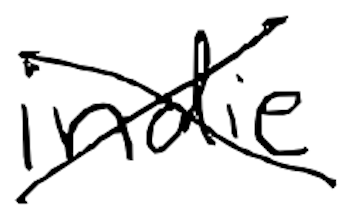
Text: indie
Cross-out: cross
Writing tool: digital_black